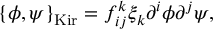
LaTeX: \{ \phi , \psi \} _ { \mathrm { K i r } } = f _ { i j } ^ { k } \xi _ { k } \partial ^ { i } \phi \partial ^ { j } \psi ,